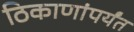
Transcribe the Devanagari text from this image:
ठिकाणांपर्यंत